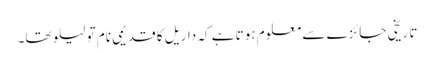
تاریخی جائزے سے معلوم ہوتا ہے کہ داریل کا قدیمی نام تو لیلو تھا۔